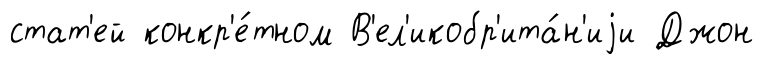
стат'ей конкр'е́тном В'ел'икобр'ита́н'иjи Джон